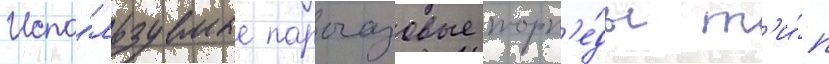
Испо́льзуемые парогазовые торп'е́ды т'и́п